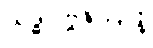
သဒ္ဓါပဗ္ဗဇိတာနံ